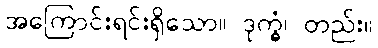
အကြောင်းရင်းရှိသော။ ဒုက္ခံ၊ တည်း။